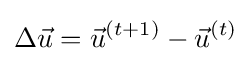
\Delta {\vec {u}}={\vec {u}}^{(t+1)}-{\vec {u}}^{(t)}